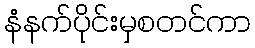
နံနက်ပိုင်းမှစတင်ကာ